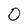
Character: O